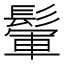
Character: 𩮔